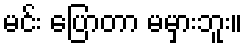
မင်း ပြောတာ မမှားဘူး။